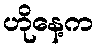
ဟိုနေ့က